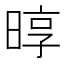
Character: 㬀